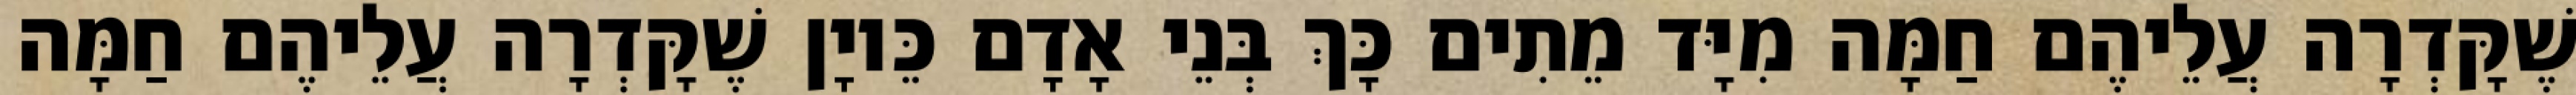
שֶׁקָּדְרָה עֲלֵיהֶם חַמָּה מִיָּד מֵתִים כָּךְ בְּנֵי אָדָם כֵּיוָן שֶׁקָּדְרָה עֲלֵיהֶם חַמָּה